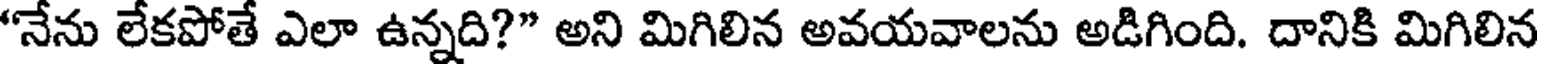
"నేను లేకపోతే ఎలా ఉన్నది?" అని మిగిలిన అవయవాలను అడిగింది. దానికి మిగిలిన